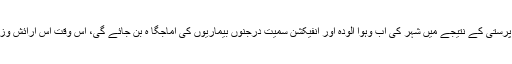
جب ہم ہی نہیں ہوں گے اور ہماری ہوس پرستی کے نتیجے میں شہر کی آب وہوا آلودہ اور انفیکشن سمیت درجنوں بیماریوں کی آماجگا ہ بن جائے گی، اس وقت اس آرائش وزیبائش اور ٹھاٹ کے مزے کون لوٹے گا؟